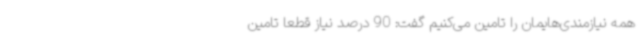
همه نیازمندی‌هایمان را تامین می‌کنیم گفت: 90 درصد نیاز قطعا تامین